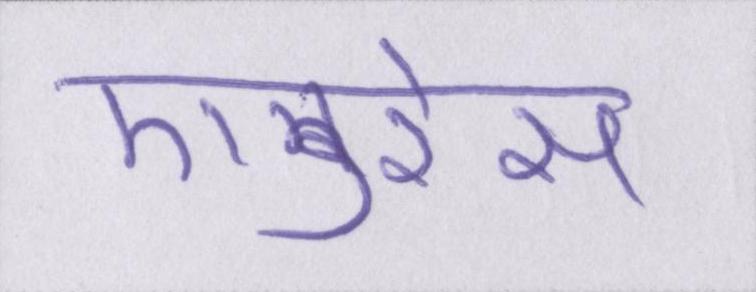
एडरेस